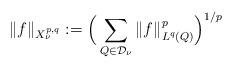
LaTeX: \begin{align*} \|f\|_{X^{p,q}_\nu}:=\Big(\sum_{Q\in \mathcal{D}_\nu} \|f\|_{L^q(Q)}^p\Big)^{1/p}\end{align*}